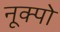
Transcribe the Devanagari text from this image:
नूक्पो